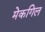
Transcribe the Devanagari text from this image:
मेकगिल